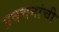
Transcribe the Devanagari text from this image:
प्रवचनांची